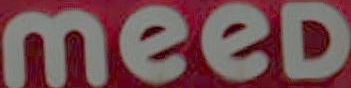
meeD